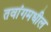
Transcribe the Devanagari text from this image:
तवांगमधील